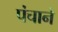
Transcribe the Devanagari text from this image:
पंचाने